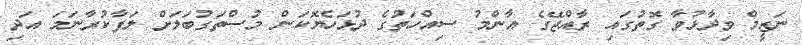
ނަޒީމް ވިދާޅުވާ ގޮތުގައި ރާއްޖޭގެ އާންމު ސިއްހަތުގެ ދުޅަހެޔޮކަން މުސްތަގުބަލަށް ލަފާކުރާނަމަ އަދި